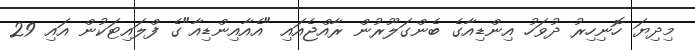
މިދިޔަ ހޮނިހިރު ދުވަހު އިންޑިއާގެ ބެންގަލޫރުން ރާއްޖެއައި "އެއާއިންޑިއާ"ގެ ފްލައިޓަކުން އައި 29